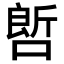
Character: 𠻡